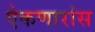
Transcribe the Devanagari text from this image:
ऐकणारांस